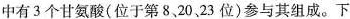
中有3个甘氨酸(位于第8、20、23位)参与其组成。下